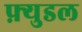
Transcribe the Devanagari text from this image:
फ़्युडल